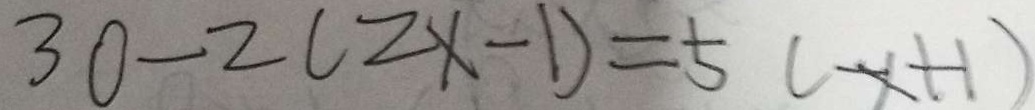
3 0 - 2 ( 2 x - 1 ) = 5 ( x + 1 )